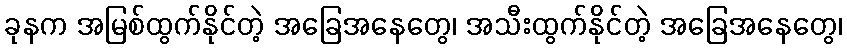
ခုနက အမြစ်ထွက်နိုင်တဲ့ အခြေအနေတွေ၊ အသီးထွက်နိုင်တဲ့ အခြေအနေတွေ၊